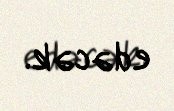
edəcək.